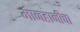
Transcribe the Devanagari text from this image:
मानहानीचा